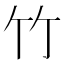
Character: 竹